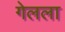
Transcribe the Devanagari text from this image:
गेलला